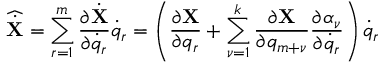
{ \widehat { \dot { \bf X } } } = \sum _ { r = 1 } ^ { m } \frac { \partial { \dot { \bf X } } } { \partial { \dot { q } } _ { r } } { \dot { q } } _ { r } = \left( \frac { \partial { \bf X } } { \partial q _ { r } } + \sum _ { \nu = 1 } ^ { k } \frac { \partial { \bf X } } { \partial q _ { m + \nu } } \frac { \partial \alpha _ { \nu } } { \partial { \dot { q } } _ { r } } \right) { \dot { q } } _ { r }